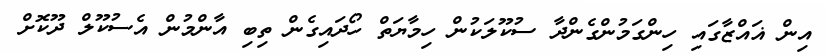
އިން ޣައްޒާގައި ހިންގަމުންގެންދާ ސުކޫލަކުން ހިމާޔަތް ހޯދައިގެން ތިބި އާންމުން އެސުކޫލް ދޫކޮށް